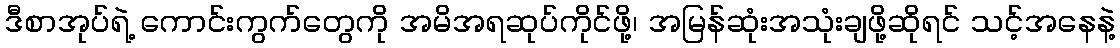
ဒီစာအုပ်ရဲ့ ကောင်းကွက်တွေကို အမိအရဆုပ်ကိုင်ဖို့၊ အမြန်ဆုံးအသုံးချဖို့ဆိုရင် သင့်အနေနဲ့